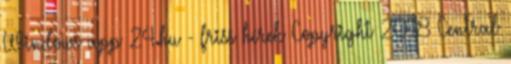
Windows app 24.hu - friss hírek Copyright 2018 Central